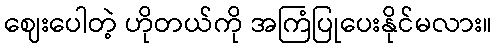
ဈေးပေါတဲ့ ဟိုတယ်ကို အကြံပြုပေးနိုင်မလား။